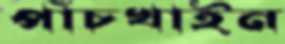
পাঁচখাইন